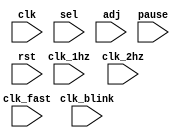
module controller(
    input clk,
    input clk_1hz, input clk_2hz, 
    input clk_fast, input clk_blink,
    input sel, input adj,
    input pause, input rst
    //output an, 
	 //output is_blinking, //output clk_blink_out,
    //output is_min_increasing, output is_sec_increasing
    //output clk_control_counter
    );
    
    wire clk_1hz, clk_2hz, 
    clk_fast, clk_blink;
    
    
    
    always @(*) begin
        clk_control_counter = clk_1hz;
        is_min_increasing = 1;
        is_sec_increasing = 1;
        if (pause == 1) begin
            is_min_increasing = 0;
            is_sec_increasing = 0;
        end
        else if (adj == 1) begin
            if (sel == 0) begin
                //is_min_increasing = 1;
                //is_sec_increasing = 0;
            end
            else begin
                //is_min_increasing = 0;
                //is_sec_increasing = 1;
            end
            //clk_control_counter = clk_2hz;
        end
        
        //an = 1;
    end
    
endmodule